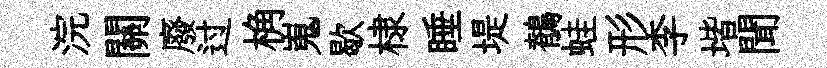
浣關廢过桷嵬歇棣睡堤鶺蛙形李堦聞